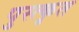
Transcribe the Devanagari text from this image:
पुस्त्कृत